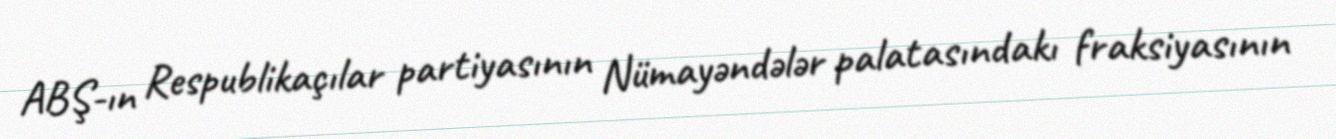
ABŞ-ın Respublikaçılar partiyasının Nümayəndələr palatasındakı fraksiyasının